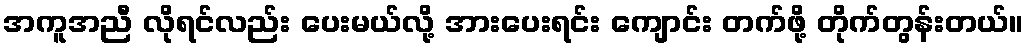
အကူအညီ လိုရင်လည်း ပေးမယ်လို့ အားပေးရင်း ကျောင်း တက်ဖို့ တိုက်တွန်းတယ်။